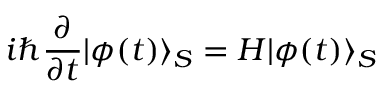
i \hbar \frac { \partial } { \partial t } | \phi ( t ) \rangle _ { S } = H | \phi ( t ) \rangle _ { S }